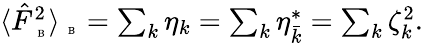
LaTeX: \begin{array}{r}{\langle\hat{F}_{\mathrm{~\tiny~B~}}^{2}\rangle_{\mathrm{~\tiny~B~}}=\sum_{k}\eta_{k}=\sum_{k}\eta_{\bar{k}}^{\ast}=\sum_{k}\zeta_{k}^{2}.}\end{array}